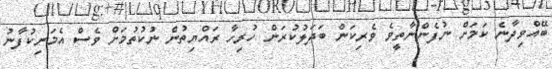
ބޭއްވިދާނެ ކަމަށް ނުފެންނާތީވެ ވެރިކަން ބަދަލުކުރަން ހުރިހާ ރައްޔިތުން ނުކުތުމަށް ވެސް އެމަނިކުފާނު